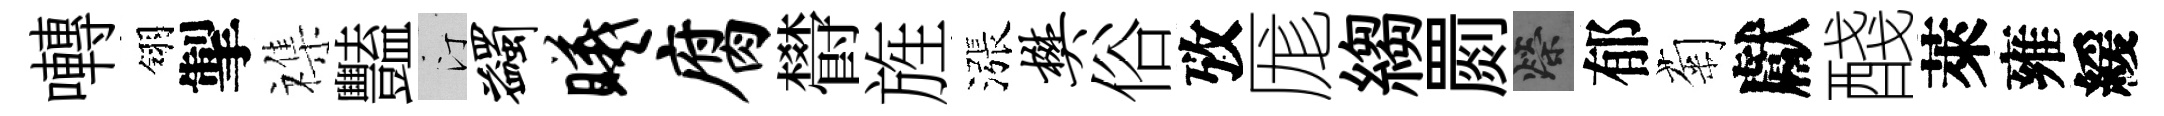
囀翎掣襍豔汀蠲曦腐欎旌漲樊俗攷厖縐罽榮郁菊獻醆萊雍緩